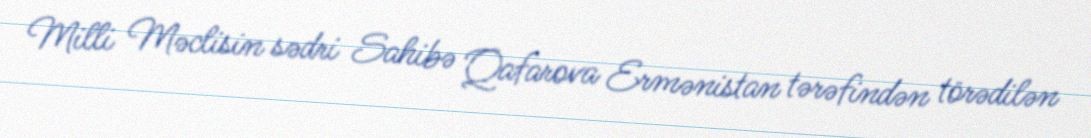
Milli Məclisin sədri Sahibə Qafarova Ermənistan tərəfindən törədilən